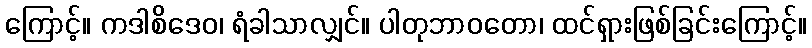
ကြောင့်။ ကဒါစိဒေဝ၊ ရံခါသာလျှင်။ ပါတုဘာဝတော၊ ထင်ရှားဖြစ်ခြင်းကြောင့်။